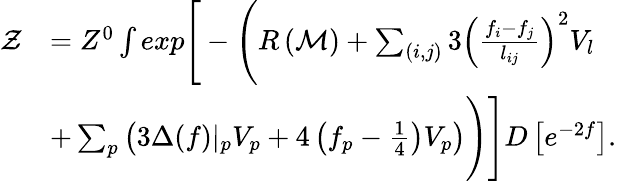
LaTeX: \begin{array}{rl}{\mathcal{Z}}&{=Z^{0}\int exp\Bigg[-\Bigg(R\left(\mathcal{M}\right)+\sum_{(i,j)}3\left(\frac{f_{i}-f_{j}}{l_{ij}}\right)^{2}V_{l}}\\ &{+\sum_{p}\left(3\Delta(f)\vert_{p}V_{p}+4\left(f_{p}-\frac{1}{4}\right)V_{p}\right)\Bigg)\Bigg]D\left[e^{-2f}\right].}\end{array}